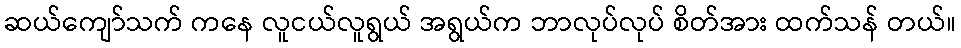
ဆယ်ကျော်သက် ကနေ လူငယ်လူရွယ် အရွယ်က ဘာလုပ်လုပ် စိတ်အား ထက်သန် တယ်။